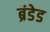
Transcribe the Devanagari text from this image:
ब्रंडेड